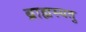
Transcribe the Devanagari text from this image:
ब्राह्मस्यतु